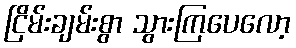
ငြိမ်းချမ်းစွာ သွားကြပေလော့